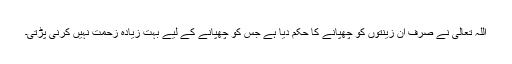
اللہ تعالیٰ نے صرف اُن زینتوں کو چھپانے کا حکم دیا ہے جس کو چھپانے کے لیے بہت زیادہ زحمت نہیں کرنی پڑتی۔